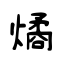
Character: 燏